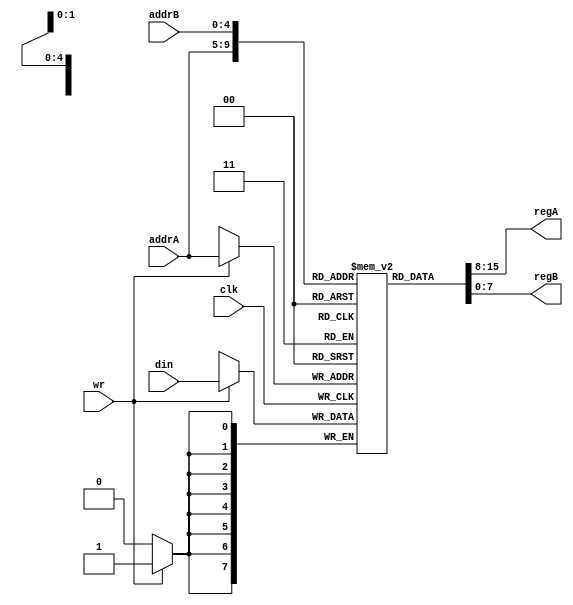
`timescale 1ns/1ps
//-------------------------------------------------------
// Purpose      : Hw Syn Lab 2/2018
// Developers   : Natchanon A.
//-------------------------------------------------------

module register(
    output wire [7:0] regA,
    output wire [7:0] regB,
    input wire [4:0] addrA,
    input wire [4:0] addrB,
    input wire wr,
    input wire [7:0] din,
    input wire clk
    );

    reg [7:0] mem [31:0];

    integer i;
    initial begin
        for (i=0;i<32;i=i+1) begin
            mem[i] = 0;
        end
    end


    assign regA = mem[addrA];
    assign regB = mem[addrB];
    always @(posedge clk) 
        if (wr) mem[addrA] = din;

endmodule